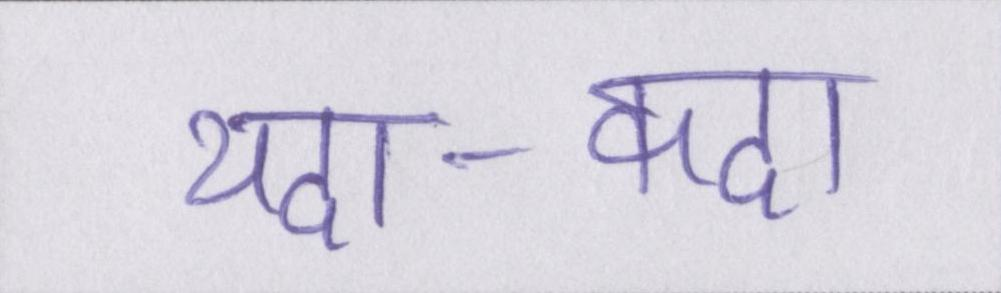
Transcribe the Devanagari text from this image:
यदा-कदा